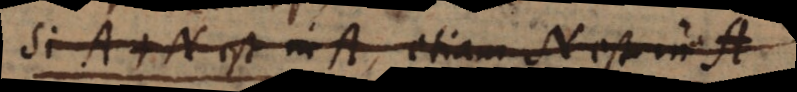
Sit A. N est in B, etiam N est in B.